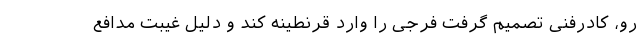
رو، کادرفنی تصمیم گرفت فرجی را وارد قرنطینه کند و دلیل غیبت مدافع